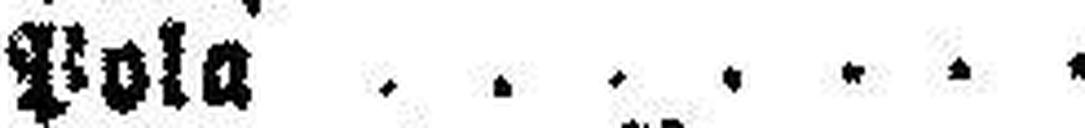
Pola